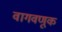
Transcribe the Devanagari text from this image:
वागवणूक